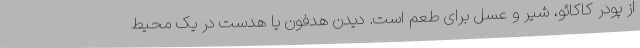
از پودر کاکائو، شیر و عسل برای طعم است. دیدن هدفون یا هدست در یک محیط